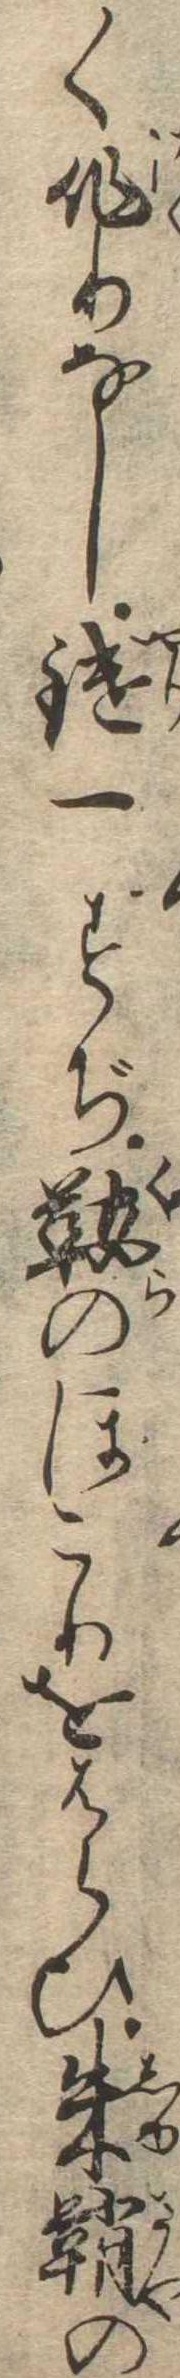
く作りなし鑓一すぢ鞍のほこりをはらひ朱鞘の